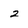
Character: 2